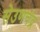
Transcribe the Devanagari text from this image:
सेउणचंद्र